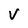
Character: v